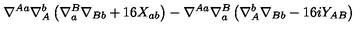
\nabla ^ { A a } \nabla _ { A } ^ { b } \left( \nabla _ { a } ^ { B } \nabla _ { B b } + 1 6 X _ { a b } \right) - \nabla ^ { A a } \nabla _ { a } ^ { B } \left( \nabla _ { A } ^ { b } \nabla _ { B b } - 1 6 i Y _ { A B } \right)